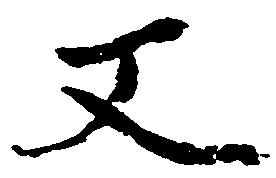
又